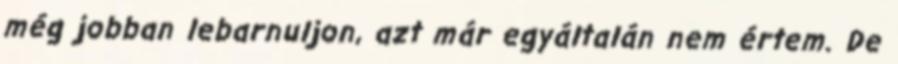
még jobban lebarnuljon, azt már egyáltalán nem értem. De